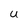
Character: U